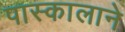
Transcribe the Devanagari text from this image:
पास्कालाने